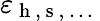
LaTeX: \varepsilon_{\mathrm{~h~,~s~,~\ldots~}}